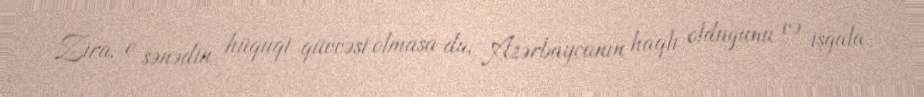
Zira, o sənədin hüquqi qüvvəsi olmasa da, Azərbaycanın haqlı olduğunu və işğala